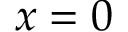
x = 0